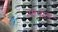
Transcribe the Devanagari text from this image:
साताल